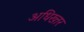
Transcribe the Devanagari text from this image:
अधिख्तर